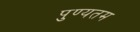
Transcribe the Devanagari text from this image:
पुण्यतम